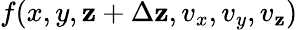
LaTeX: f(x,y,\mathbf{z}+\Delta\mathbf{z},v_{x},v_{y},v_{\mathbf{z}})